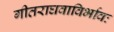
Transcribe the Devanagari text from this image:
गीतराघवाविर्भावः